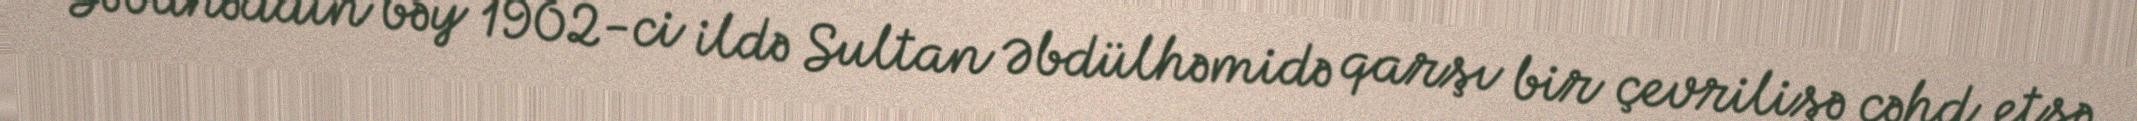
Səbahəddin bəy 1902-ci ildə Sultan Əbdülhəmidə qarşı bir çevrilişə cəhd etsə